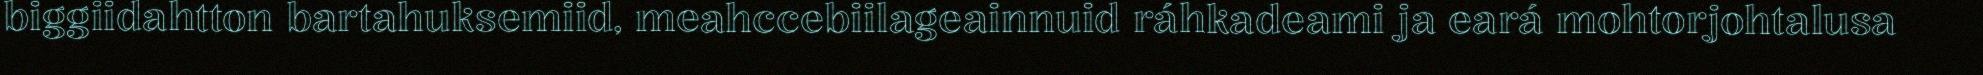
biggiidahtton bartahuksemiid, meahccebiilageainnuid ráhkadeami ja eará mohtorjohtalusa